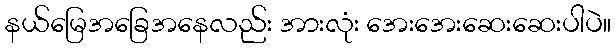
နယ်မြေအခြေအနေလည်း အားလုံး အေးအေးဆေးဆေးပါပဲ။